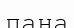
пана